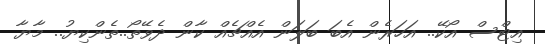
އިޓްސް އޯކޭ.. އަހަރެން އެބަ ބަލަން އެއްޗެއް ކާން ދެވޭތޯ..ތެންކިޔު.. މާޔާ